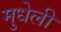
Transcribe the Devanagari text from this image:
मुधेली